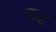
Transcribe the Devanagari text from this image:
ऋद्ध